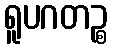
ရူပဂတဉ္စ